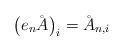
\begin{align*}\big(e_n\r{A}\big)_i=\r{A}_{n,i}\end{align*}